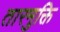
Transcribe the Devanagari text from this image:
तारमुक्ति